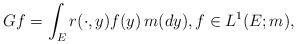
LaTeX: \begin{align*}Gf=\int_Er(\cdot,y)f(y)\,m(dy),f\in L^1(E;m),\end{align*}